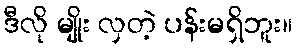
ဒီလို မျိုး လှတဲ့ ပန်းမရှိဘူး။